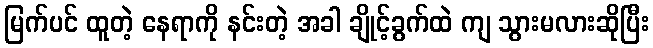
မြက်ပင် ထူတဲ့ နေရာကို နင်းတဲ့ အခါ ချိုင့်ခွက်ထဲ ကျ သွားမလားဆိုပြီး